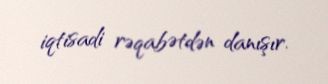
iqtisadi rəqabətdən danışır.